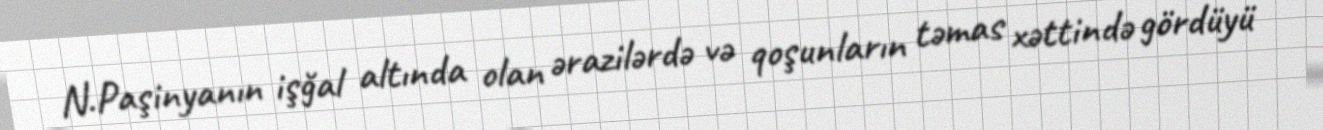
N.Paşinyanın işğal altında olan ərazilərdə və qoşunların təmas xəttində gördüyü